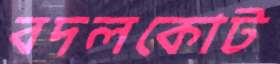
বদলকোট